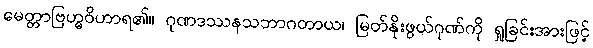
မေတ္တာဗြဟ္မဝိဟာရ၏။ ဂုဏဒဿနသဘာဂတာယ၊ မြတ်နိုးဖွယ်ဂုဏ်ကို ရှုခြင်းအားဖြင့်